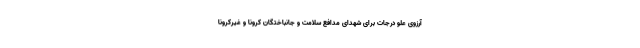
آرزوی علو درجات برای شهدای مدافع سلامت و جانباختگان کرونا و غیرکرونا